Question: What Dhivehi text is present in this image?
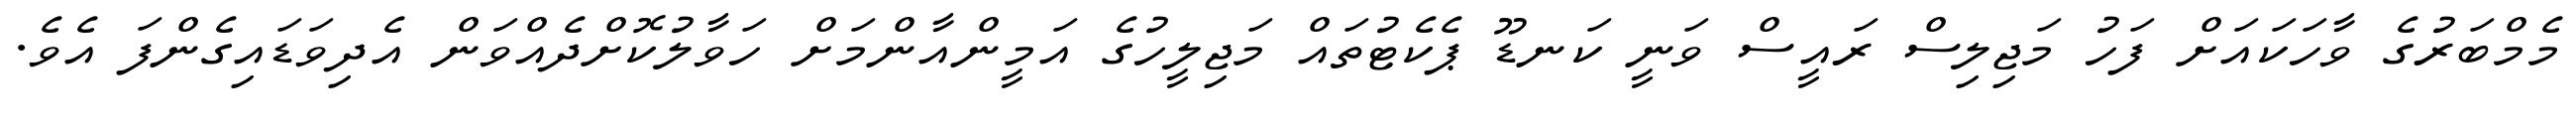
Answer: މެމްބަރުގެ ވާހަކައަށް ފަހު މަޖިލިސް ރައީސް ވަނީ ކަނޑޫ ޕެކެޓުތައް މަޖިލީހުގެ އަމީންއާންމަށް ހަވާލުކޮށްދެއްވަން އެދިވަޑައިގެންފަ އެވެ.